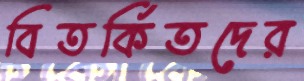
বিতর্কিতদের